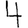
Digit: 4